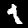
Label: 1